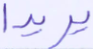
يريدا